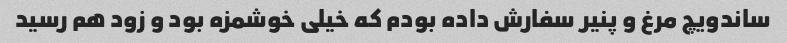
ساندویچ مرغ و پنیر سفارش داده بودم که خیلی خوشمزه بود و زود هم رسید